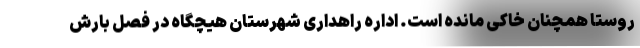
روستا همچنان خاکی مانده است. اداره راهداری شهرستان هیچگاه در فصل بارش